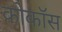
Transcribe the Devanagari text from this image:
कोकॉस